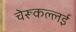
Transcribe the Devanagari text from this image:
चेरूकल्लई